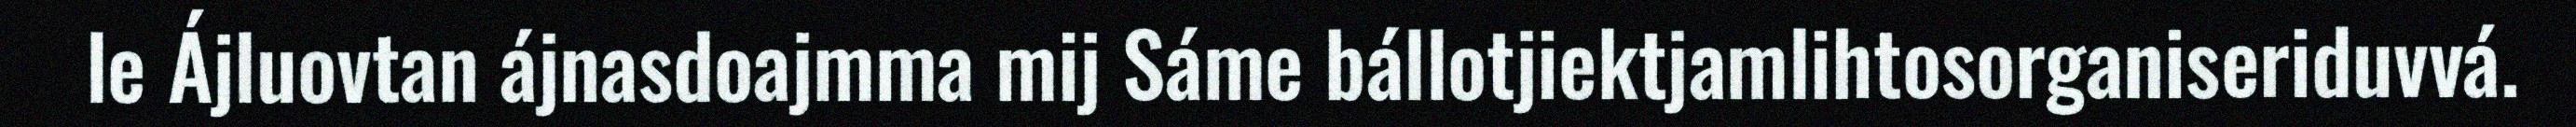
le Ájluovtan ájnasdoajmma mij Sáme bállotjiektjamlihtosorganiseriduvvá.